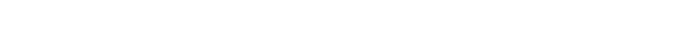
တော်ပါသေးရဲ့ အကြာကြီး အနေရခက်အောင် ပြည်မိုးငြိမ်းက ချက်ချင်းပဲ စကားပြောလိုက်သည်။